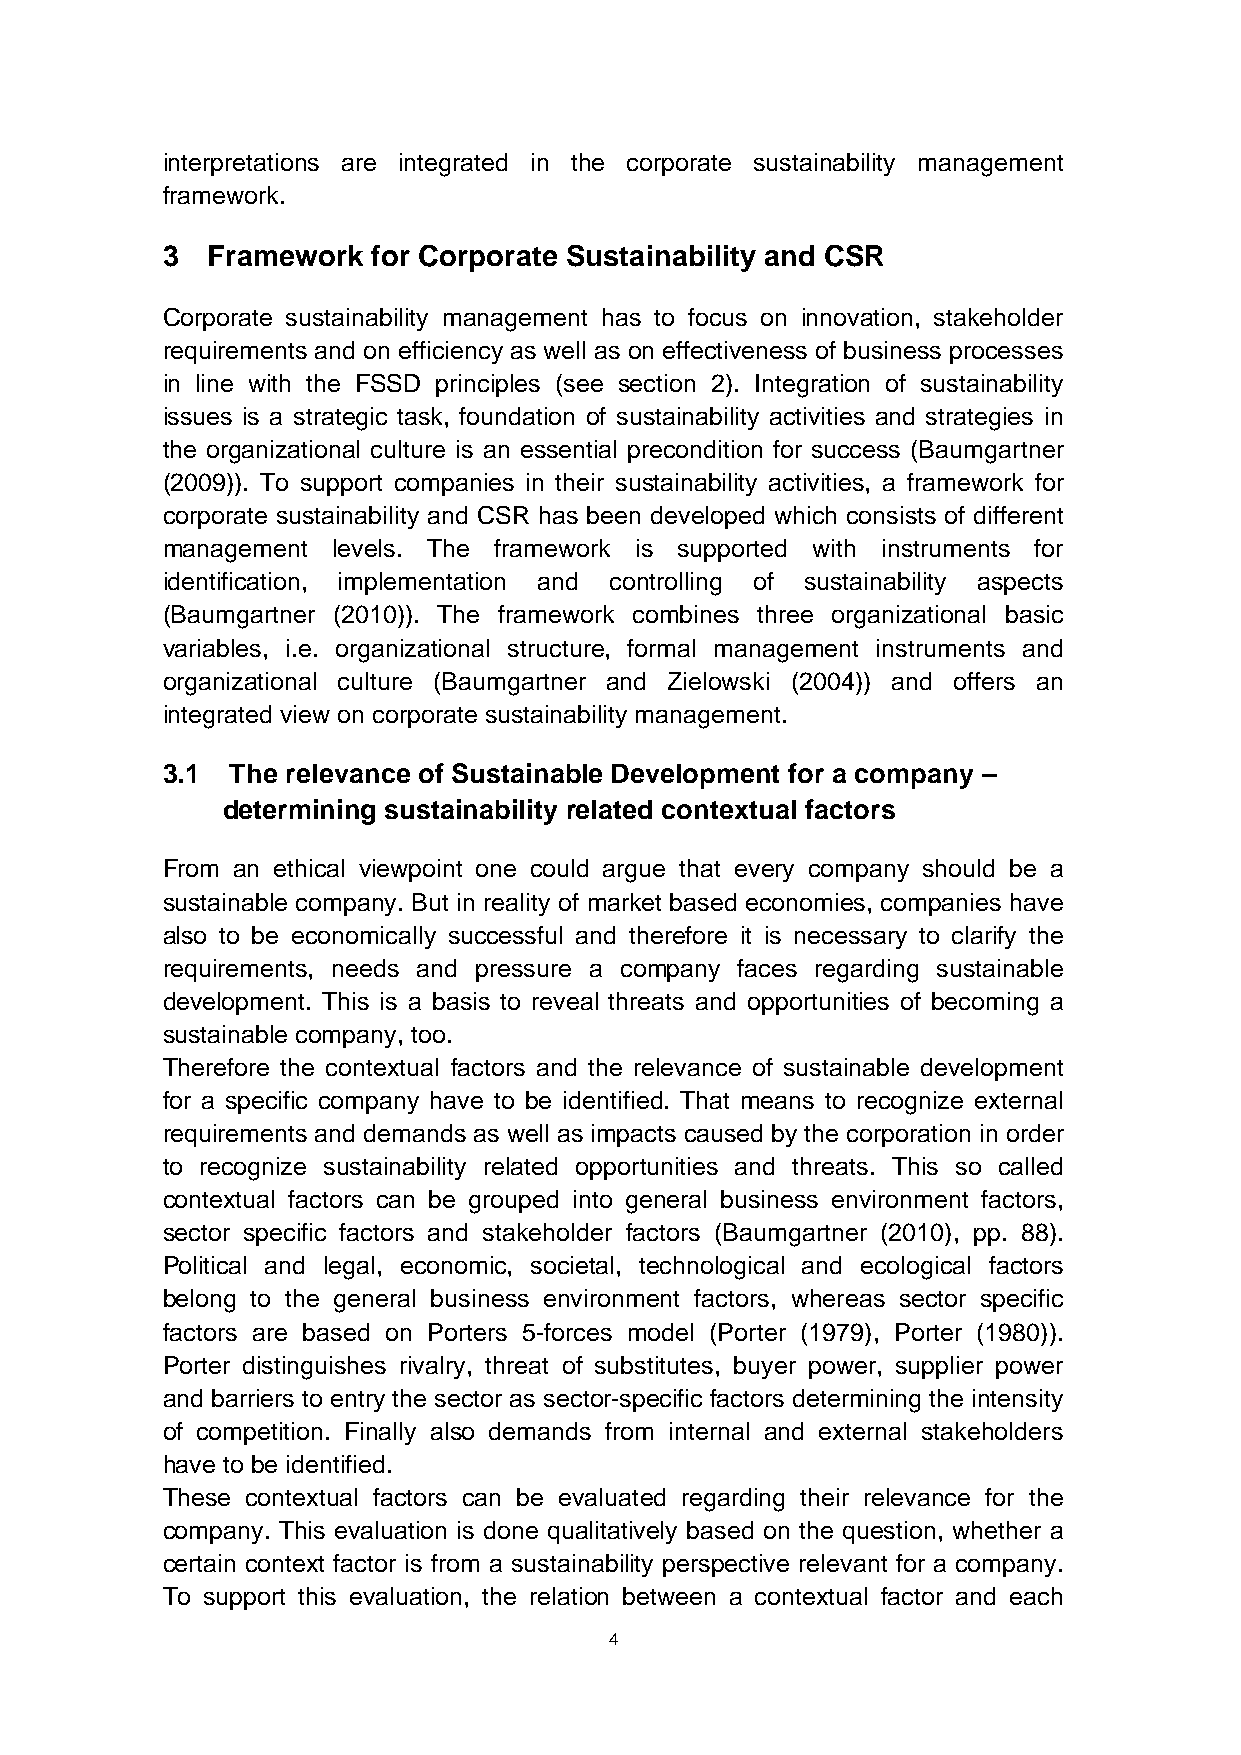
interpretations are integrated in the corporate sustainability management
 framework.
 3  Framework  for Corporate Sustainability and CSR
 Corporate sustainability management has to focus on innovation, stakeholder
 requirements and on efficiency as well as on effectiveness of business processes
 in line with the FSSD principles (see section 2). Integration of sustainability
 issues is a strategic task, foundation of sustainability activities and strategies in
 the organizational culture is an essential precondition for success (Baumgartner
 (2009)). To support companies in their sustainability activities, a framework for
 corporate sustainability and CSR has been developed which consists of different
 management levels. The framework is supported with instruments for
 identification, implementation and controlling of sustainability aspects
 (Baumgartner (2010)). The framework combines three organizational basic
 variables, i.e. organizational structure, formal management instruments and
 organizational culture (Baumgartner and Zielowski (2004)) and offers an
 integrated view on corporate sustainability management.
 3.1 The relevance of Sustainable Development for a company –
 determining sustainability related contextual factors
 From an ethical viewpoint one could argue that every company should be a
 sustainable company. But in reality of market based economies, companies have
 also to be economically successful and therefore it is necessary to clarify the
 requirements, needs and pressure a company faces regarding sustainable
 development. This is a basis to reveal threats and opportunities of becoming a
 sustainable company, too.
 Therefore the contextual factors and the relevance of sustainable development
 for a specific company have to be identified. That means to recognize external
 requirements and demands as well as impacts caused by the corporation in order
 to recognize sustainability related opportunities and threats. This so called
 contextual factors can be grouped into general business environment factors,
 sector specific factors and stakeholder factors (Baumgartner (2010), pp. 88).
 Political and legal, economic, societal, technological and ecological factors
 belong to the general business environment factors, whereas sector specific
 factors are based on Porters 5-forces model (Porter (1979), Porter (1980)).
 Porter distinguishes rivalry, threat of substitutes, buyer power, supplier power
 and barriers to entry the sector as sector-specific factors determining the intensity
 of competition. Finally also demands from internal and external stakeholders
 have to be identified.
 These contextual factors can be evaluated regarding their relevance for the
 company. This evaluation is done qualitatively based on the question, whether a
 certain context factor is from a sustainability perspective relevant for a company.
 To support this evaluation, the relation between a contextual factor and each
 4